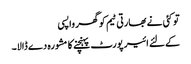
تو کئی نے بھارتی ٹیم کو گھر واپسی
کےلئے ائیر پورٹ پہنچنے کا مشورہ دے ڈالا۔